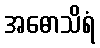
အဓောသိရံ